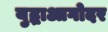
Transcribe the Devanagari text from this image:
युद्धाआगोदर